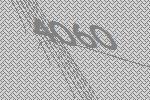
4060